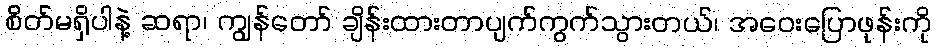
စိတ်မရှိပါနဲ့ ဆရာ၊ ကျွန်တော် ချိန်းထားတာပျက်ကွက်သွားတယ်၊ အဝေးပြောဖုန်းကို